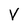
Character: V